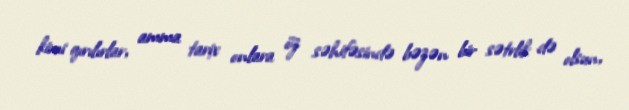
kimi qırılırlar, amma tarix onlara öz səhifəsində bəzən bir sətrlik də olsun,